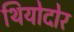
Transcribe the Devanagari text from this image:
थियोदोर